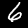
Digit: 6